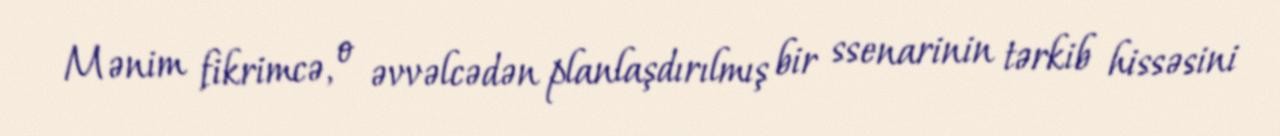
Mənim fikrimcə, o əvvəlcədən planlaşdırılmış bir ssenarinin tərkib hissəsini